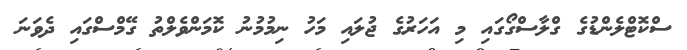
ސްކޮޓްލެންޑުގެ ގްލާސްގޯގައި މި އަހަރުގެ ޖުލައި މަހު ނިމުމުނު ކޮމަންވެލްތު ގޭމްސްގައި ދެވަނަ